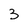
Character: 3